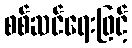
စစ်ဆင်ရေးဖြင့်